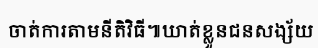
ចាត់ការតាមនីតិវិធី៕ឃាត់ខ្លួនជនសង្ស័យ